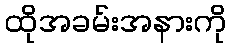
ထိုအခမ်းအနားကို